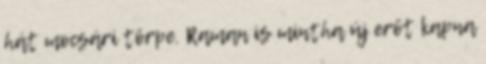
hát mocsári törpe. Raman is mintha új erőt kapna